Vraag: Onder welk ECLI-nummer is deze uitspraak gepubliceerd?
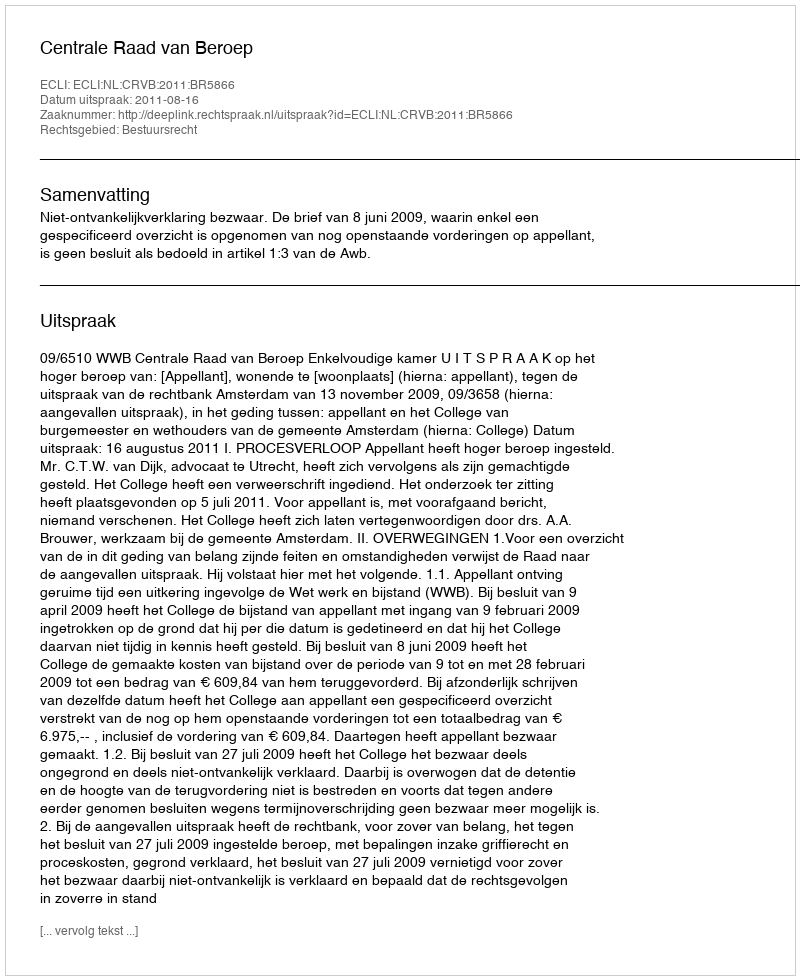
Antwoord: ECLI:NL:CRVB:2011:BR5866